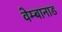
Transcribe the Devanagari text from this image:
वेम्बानाड